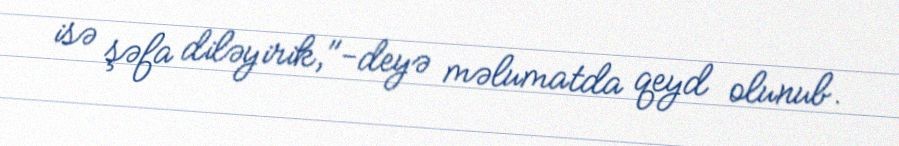
isə şəfa diləyirik,"-deyə məlumatda qeyd olunub.